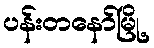
ပန်းတနော်မြို့